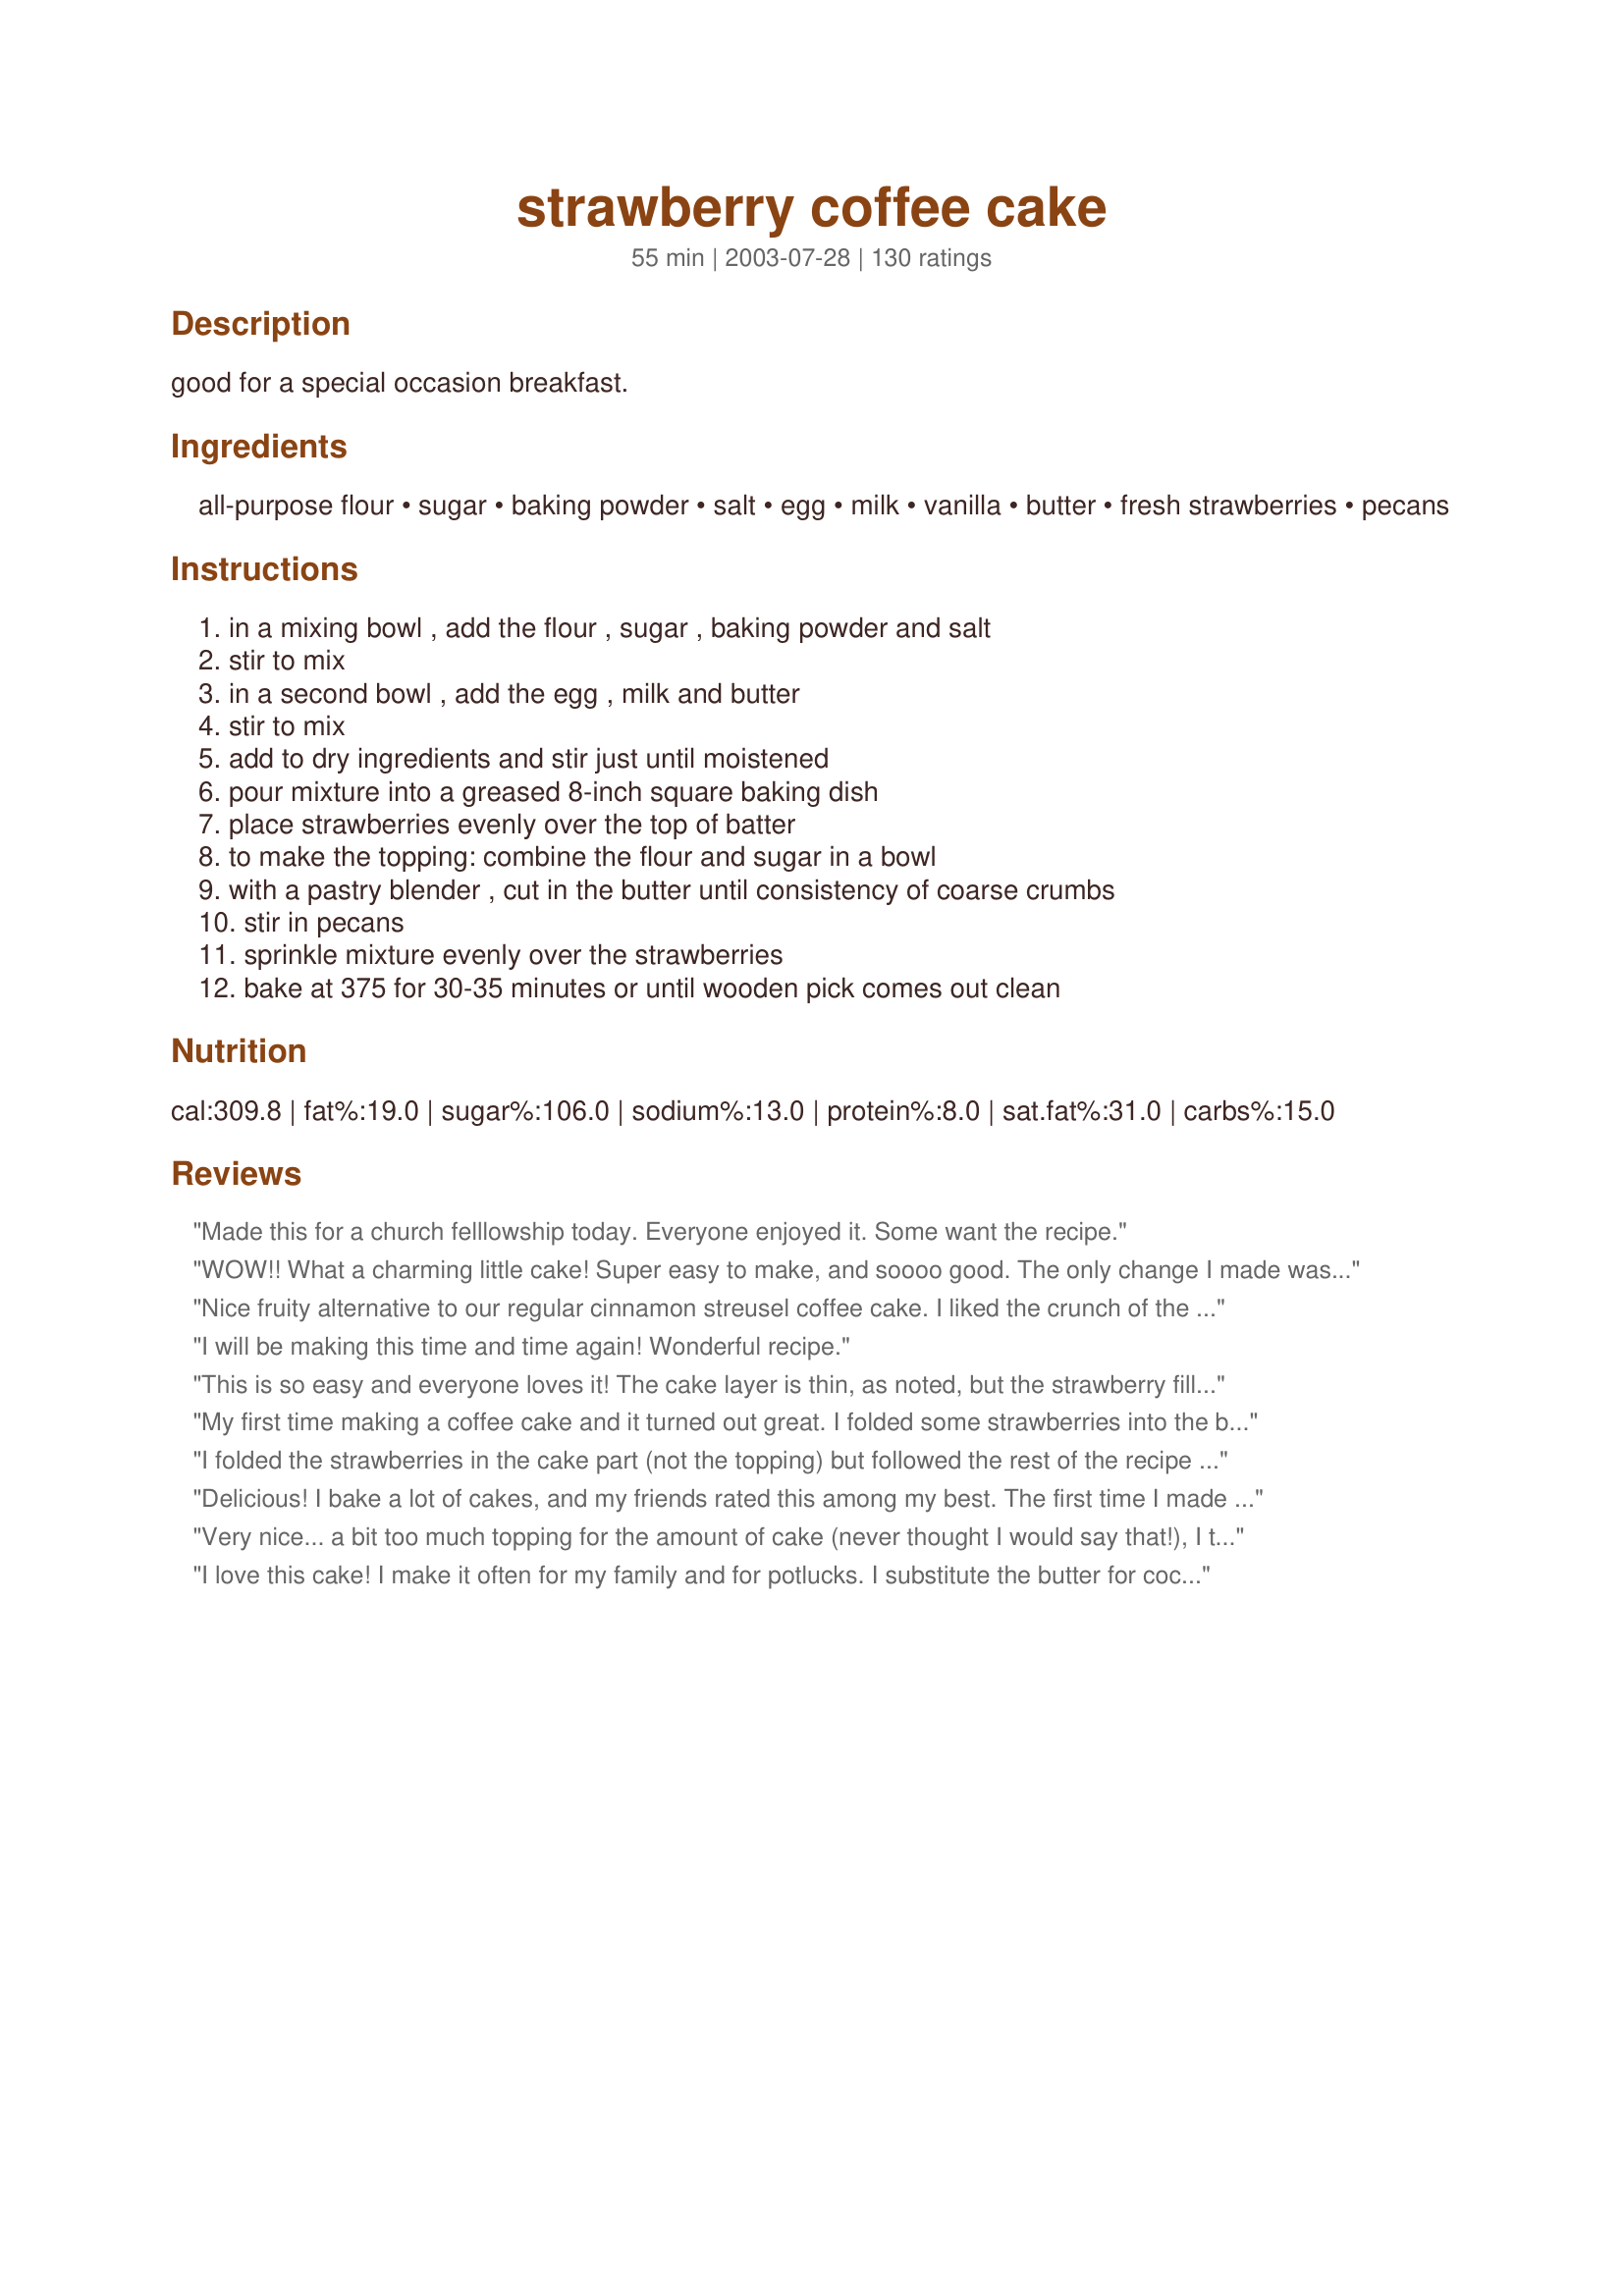
strawberry coffee cake
Preparation time: 55 minutes

good for a special occasion breakfast.

Ingredients:
all-purpose flour, sugar, baking powder, salt, egg, milk, vanilla, butter, fresh strawberries, pecans

Steps:
in a mixing bowl , add the flour , sugar , baking powder and salt, stir to mix, in a second bowl , add the egg , milk and butter, stir to mix, add to dry ingredients and stir just until moistened, pour mixture into a greased 8-inch square baking dish, place strawberries evenly over the top of batter, to make the topping: combine the flour and sugar in a bowl, with a pastry blender , cut in the butter until consistency of coarse crumbs, stir in pecans, sprinkle mixture evenly over the strawberries, bake at 375 for 30-35 minutes or until wooden pick comes out clean

Reviews:
Made this for a church felllowship today. Everyone enjoyed it. Some want the recipe.
WOW!! What a charming little cake! Super easy to make, and soooo good. The only change I made was using half & half instead of milk for a richer flavor. We ate it warm with vanilla ice cream, and it tasted amazing. The cake is soft and moist, while the topping gives you a sweet crunch. This is all balanced by the tang of the strawberries. Delicious flavor! I am excited to try this recipe again using different fruits.
Nice fruity alternative to our regular cinnamon streusel coffee cake. I liked the crunch of the topping. It was a tad too sweet, but the flavor was great!
I will be making this time and time again! Wonderful recipe.
This is so easy and everyone loves it! The cake layer is thin, as noted, but the strawberry filling and the topping make it a substantial breakfast cake. Thanks NurseDi for a recipe that I've used twice in one week!
My first time making a coffee cake and it turned out great. I folded some strawberries into the batter, omitted pecans, used parchment paper (no greasing), and baked for 40 minutes. Perfect!
I folded the strawberries in the cake part (not the topping) but followed the rest of the recipe exactly. This dessert is incredible. I've even taken it to a brunch!! Wonderful recipe and SO EASY!!
Delicious! I bake a lot of cakes, and my friends rated this among my best. The first time I made it, I didn't have any pecans, so I substituted 1/4 cup of oats, which worked pretty well, although not quite as nice as pecans.
Very nice... a bit too much topping for the amount of cake (never thought I would say that!), I think I will double the cake portion next time.
I love this cake! I make it often for my family and for potlucks. I substitute the butter for coconut oil. Always use a bit sugar than called for and I like to change around the toppings for variety (fresh pineapple, frozen strawberries and frozen mixed berries) and it has always turned out great! Thank you!!
This cake came out absolutely delicious! My twist was adding half the flour whole wheat and a about 1/2 cup more strawberries and oats instead of nuts because we have some people who are allergic to nuts. Pay close attention to mixing the wet and dry ingredients very carefully, I used a fork and mixed very slowly. I live 6000 feet above see level and had to bake for an additional 5-10 minutes. If the cake is a little wet in the middle give it another few minutes. Thanx
Thanks for sharing a winner! I made a few modifications: I used white whole wheat flour instead of all-purpose in the cake, and added 1/2 tsp of cinnamon. I also used the full 2 cups of strawberries, and added a teaspoon of lemon juice to them. Next time I'll try adding 1 tbsp zest instead! As for the topping, I used just 1/3 cup of brown sugar, and added 1/2 tsp of cinnamon. Next time I'll only use 3 tbsp of butter, as it was a bit too greasy for my tastes. Mine was done right at the 30 min. mark. This will definitely be made again!
I put this together the night before and refrigerated it overnight. In the morning I stuck it in the oven for 35 min and it came out great! This recipe is a keeper - thanks for posting!
I took this cake to a breakfast potluck and everybody loved it :). Nobody said anything at first but one of the ladies said "i wanted more but i didnt want to look like a pig!!"...I admit I used a brown sugar instead of the white in the topping but other than that It was the same! Thanks so much for an awesome topping
Very good, even though I messed up the topping. I ended up leaving it in the oven for 45 min.
Very good. My dh loved this so much, I made extra to put in the freezer.
Thanks
This was very good! I loved how the strawberry flavour wasn't too overpowering, just perfect. One thing I would change though is add a bit more butter to the topping and maybe some oats to help it stick together a bit more. Ours just crumbled right off the top.
Husband brought home a lot of strawberries and this recipe was perfect for Sunday breakfast! Made exactly as posted (except I onky had a 9&quot; pan) and it turned out Perfectly Delicious! A+
Excellent! I doubled the contents for a larger pan and it was wonderful. Strawberries are freshly picked so in the evening I split the leftovers down the center, added more fresh berries on top and piled on the whipped heavy cream. Wow.........
5 STARS!! Mine came out a little wet in the center but I'm sure that was just me & my oven, I didn't do the toothpick test. I loved this! Thank you for posting.
Yummy!
This turned out beautifully, and received rave reviews from all who tried it! I can't wait to get some more strawberries so I can make it again!
I didn't have any pecans so instead of vanilla I used almond extract and used sliced almonds instead of the pecans. Right now, strawberries are plentiful. I also made it as a double batch, in a 13 x 9 pan. But you need to carefully check the middle or it won't cook/bake well enough. I needed to bake it about 40 minutes.
Delicious! I doubled the recipe, cooked it in a 9 X 13 pan, and baked in convection oven at 360 for 35 minutes. I had to use walnuts instead of pecans. Otherwise, everything else as listed. My husband and I both enjoyed it, thank you.
I thought this was spectacular. The cake layer is very thin, with the topping layer being about equally thick. I loved the flavor and moisture the strawberries lent to the topping. This tastes like a coffee cake that is made with a couple sticks of butter, but in reality its fairly low in fat (at least for something that tastes so decadent. BF thought it was pretty good- he said he thought it was too thin (it didn't rise very much, really, and I think he was disoriented at the thinnes of the cake layer) and he would have liked more strawberry flavor. Next time I will slice my strawberries thicker- as it was, I sliced them about 1/4 to 1/8 inch thick, but I think you could go as thick as 1/2 inch without any problems. I had the same problem as Sackville Girl with the moisture from the strawberries- it was still bubbling for a long time in the center of the cake. I tested with a toothpick, though, once it looked a little more set and it came out clean. 40 minutes was about right for me as well, but I guess it partially depends on how juicy your strawberries are. Mmm! I did make a few substitutions- I used whole wheat pastry flour instead of all-purpose, Sucanat instead of sugar (in both the topping and the cake), walnuts instead of pecans and I actually used frozen strawberries instead of fresh, which worked just fine, to my delight. I loved this, Di. Wonderful flavor, wonderful texture, good presentation and not too artery-clogging. One of the best coffee cakes I've ever made.
Absolutely delicious. The recipe is spot on.
Yummmmy, I ran to get the last piece, what more can I say!! This is so simple, with a light homebaked taste. I used the whole 2 or more cups of berries that I had on hand, and it worked out great for me. I know if you try this recipe you wont get any complaints serving this to guests. Thanks for a great dessert recipe.
Has this ever been made as a muffin instead of a 9x9 pan?
Very quick and easy. Next time I make it though I plan to double the berries because they really get lost with all the sugar and flour.
Very yummy and easy to make with what's left over in your cabinate. I added the vanilla to the crumbeled topping and a little to the strawberries to give the cake a little extra kick! Turned out great! I also doubled the recipe and baked in a 9x13 pan for 40 minutes. Will use the recipe again!
this is so amazing! i made it tonight and followed the recipe to the T.
SO GOOD!!! Oh I LOVE cooked strawberries, probably why I love strawberry rhubarb pie! so some users said the topping had too much sugar so I 1/2 the sugar in the topping and I thought I cut it too much so next time I will up it to 1/3 the amount called for and see if that's better, I think that might actually do it and 30 minutes was PERFECT, any longer and the outer of the cake would have been a little hard for me. This was so darn yummy, thanks so much for a supper yummy recipe, I will be posting this to the food blog for sure!!! Thank you ;) http://rockinldschefs.blogspot.com/
As always, a winner! I used two cups strawberries and substituted oats for the pecans. Thanks alot!
this is lovely and easy! i omitted the pecans (allergic) but it was fine without. would be great with other fruit too, raspberries or peaches maybe. very moist and special without being too sweet. definitely will make again
This a very tasty coffeecake. My whole family really liked it. Will use it a lot. Thanks for posting.
Made this a while back and follow what the other reviewers said and used brown sugar instead of white for the topping. I also ran out of milk and decided to use half &amp; half cream diluted with water (1/2 cup measurement) to substitute and the cake turned out to be super moist and soft! Great substitution. The cake ended up to be super delicious and was gone within a day!
Excellent and so easy. I also used 2 cups of strawberries. The nuts add a nice texture to the cake. Also, it is just right and not too sweet. A keeper recipe.
I sent this to the office with my husband. He said that it was gone before he could even get a piece. I had some fresh strawberries that I needed to use (I bought a ton for my toddler who decided he didn't like them after big sister turned her nose up at them) Anyway, a wonderfule recipe. Thanks for posting!
This was absolutely delicious - best strawberry cake ever. I had no vanilla flavoring and substituted almond extract. YUMMY!
I made this to have as a snack for us for breakfast. When DH and I got done, there was a big dent made in the pan :) We loved it so much!
I didn't have pecans so I used chopped macadmia nuts, otherwise I prepared as directed and this was very yummy!
This was delicious. I liked how light and fluffy it was. I didn't have enough strawberries, so I used blueberries and blackberries too and it came out perfect. I coated all of the berries with flour before spreading them over the batter to keep it from getting mushy.
this coffee cake was so good! unfortunately I didn't go to work on Monday and ended up eating the whole thing myself. Couldn't stay away. getting ready to try with blueberries.
This is better than regular stawberry shortcake. Next time I will add more stawberries and maybe even fold some into the cake. I added 1/4 teaspoon cloves into the mix and 1/4 nutmeg and 1/2 teaspoon cinnimon into the topping. The topping was the best I love nuts so next time I might add more walnuts too.
Made this with a pie filling of sorts (strawberry rhubarb and raspberry), instead of the fruit called for, and it was quite tasty. For anyone thinking of using filling, it stayed quite wet, and kind of ran when the cake as cut, but I'm sure that can be helped with a bit of corn starch. Overall, good cake with good flavor. This could easily be adapted with any kind of filling or fruit. Served warm with ice cream, yum!
Easy and good recipe! Like another reviewer, I used oats in the topping instead of nuts since my daughter doesn't care for nuts. I used a mix of fresh strawberries and blueberries and my family enjoyed it -- and so did I! I'll be making this again.
Very pretty, very fast and easy to do, but you really have to like the taste of cooked strawberries to fully appreciate it. The topping is very nice. I may try this with a different fruit like peaches or blueberries which we might like better cooked than the strawberries--or cherries could be good too.
I made this for Christmas morning and the boys dug in and had more than their share before I even sat down for coffee and a piece! It was so good, I can see why! This was great to whip together after opening gifts and we shall have it again, as we all agree, it's great!!
Delicious! I made exactly as stated in the recipe and baked it for about 40 minutes. As some of the other reviewers have pointed out, this cake is not too unhealthy and tastes wonderful.
As usual this is an excellent recipe!
I made this according to the recipe and the only thing I changed was to add a little more of the strawberries because I didn't want to waste them. This is great for breakfast or dessert with ice cream.
Thanks, Di for another great recipe.
Carole in Orlando
I thought this was very good, unfortunately, none of my kids liked it and my husband said it was too sweet. So, I was the only one in my family who liked it. I will only be making this for group brunches (bible study, class, etc) as I don't want to eat the whole pan by myself. I did make this in a 9 inch round cake pan without any trouble of it overflowing. I baked it for 35 minutes.
The taste of this is very good but I did find the topping a bit too sweet.I would cut back on the sugar next time since I don't really like the crunchy sugary taste of the top.Maybe brown sugar would be better.I omitted the salt from the recipe and a helpful hint about pecans;to really bring out the flavour,toast them in a 350F oven for about 10 minutes before you chop them.
UPDATE May 27 2010: The topping on these was much better the next day when the topping lost its crunch and became softer.
Try it like I did and you will see for yourself how wonderful this coffee cake is!
As others have said, this recipe is superb.

I too substituted wallnuts.

The cake came out very moist and tender, and to my surprise didn't come out too sweet.

In short - a fantastic cake - if you have leftover fresh strawberries, this is a good use for them...
This was delicious. The cake is moist and and the strawberries add a yummy tartness. Will make this again. Not to mention is was super easy!
This was good, not great. I would make again with some changes.
Many recipes claim to be easy, but it's hard to make some of them the first time around. This recipe is indeed easy, and the taste is incredible. I have a strong sweet tooth, yet when I made this the first time, following the recipe exactly, I found it was a bit too sweet even for me, and not enough strawberries--not as much as you would taste eating normal strawberry shortcake. This cake was good with vanilla ice cream, but I preferred just whip cream. My company all loved it; this is a keeper.
I made this with blackberries (with a tad bit more sugar) rather than strawberries. It was delicious! My husband (who will rarely eat desserts) ate a piece and asked me to make it again. It does get soggy rather quickly, but it still tastes good that way!
This was delicious! I left off the pecans but otherwise made exactly as written. Brought it to work and my boss had 3 pieces before lunch!
I had some strawberries that I needed to use, but probably wouldn't have lasted very long if I made regular strawberry shortcake. I, too, added a tsp of vanilla to the batter. And, in error, used 1/4 cup of butter in the batter. It still tasted fine, like a buttery shortbread. I also like that it makes a smaller size for my small family. Thanks for the good recipe, Andypandy. Sue
I was expecting this to be on the order of a coffee cake, but this did turn out to be an amazing five star plus dessert.I added a touch of almond extract to the topping. The cake texture is so delicate (fine crumbed) and the strawberry flavor really shines (my strawberries were pretty good, but not great). Our family loved this and I will definitely make this the next time we have guests over.

Roxygirl
I tried this for a dinner party last night and we were fighting over it, lol! I'm making another one today! Maybe I'll try peaches or apples this time? It's a keeper!
YES, YES, YES! I LOVED this coffee cake! I used to make a blueberry one, but I think I like this one BETTER! I think you could sub blueberries instead just to try too. Anyway this is absolutely divine...the melty strawberries and streusel topping and the moist cake...perfection!
Delicious!!! I was looking for a way to use up a few strawberries and am I glad I picked this. We enjoyed it for an afternoon coffee. Will keep this one.
Wow! I wish I could give this 10 stars. I made many adjustments to make it diabetic friendly and it came out great. For flour I used 1/3 all purpose, 1/3 whole wheat and 1/3 semolina (low glycemic index). Instead of sugar I used 1/4 cup Splenda for both the cake and topping. I used 2 cups sliced strawberries and put about 1/3 of a cup of small cream cheese bits on top of that, then added the topping. When it came out of the oven I cut a 2" piece to taste it and ended up going back for more. Delicious! Almost forgot - I only cooked it for 30 minutes and it was very moist.
Very moist and yummy. Baked for 40 minutes. Made for Mother's Day. Thanks for the recipe!
Definately 5 stars!!! I was actually looking for a recipe for the last of my fresh-picked strawberries. Instead of the usual strawberry cake, I thought this coffee cake really sounded good. Although somewhat apprehensive about baked strawberries, I decided to try something different after reading the many reviews. Very easy to make, very moist with a crunchy topping, and very delicious!!! My co-workers said it was awesome. I substituted walnuts for the pecans, and doubled the recipe for a 9x13" pan which I baked for about 40 minutes. After cooling, I drizzled a powdered sugar glaze (1/3 cup powdered sugar, 1/4 tsp vanilla, and 1-2 tsps. milk) . I will make this recipe again!! Thanks!!
Honestly, I didn't have high expectations for this coffee cake, so I was pleasantly surprised and delighted when I had my first bite. The strawberries practically melted into the cake, making a gooey, deliciously tart layer. My only regret is that I didn't have any pecans. That would have pushed this recipe into the 6 star category!
Very delicious! I took this to work and everyone loved it. I left out the pecans and added a slight drizzle made of confectioner's sugar, milk, and almond flavoring.
In my kids words "give this one a gazillion, billion stars"! My DH loved it as well! I followed the recipe exactly, and it came out perfectly! Reminded me a little of a dump cake I used to make ages ago. I would highly recommend trying this recipe!
So good! I had leftover strawberries that I needed to use, so I decided to try this Coffee Cake recipe. It was so easy and I didn't need to shop for any additional ingredients. My hubby couldn't stop eating this and before I knew it, half of the cake was gone! This works well as a desert or for breakfast. I will definitely make this again. Cook time was closer to 40 - 45 minutes in my oven.
Delicious! It made a great breakfast the whole family liked. It's very easy to make, and uses ingredients I usually have. I did substitute margarine for the butter, and omitted the pecans. Next time I will let the cake go about five minutes longer than I did this time. The pictures don't do the recipe justice! Thanks for a great recipe!
Loved this coffee cake! Next time, I&#039;ll add the vanilla since I forgot it this time! But it was delicious without it too!
Made this for dessert. Very nice. I used frozen strawberries for the toppings and put some strawberry ice cream on the side...very nice recipe :)
i can't believe i haven't reviewed this recipe. i have made it exactly as posted and also have doubled it and used a yellow cake mix and a 13 x 9 pan. both ways are luscious, especially since i can now always get plant city strawberries.
This was an excellent tasty coffee cake! I made as directed and doubled the recipe in a 9x13 inch pan and baked 40min. This came out great! Thanks for posting this one!
so, I'm not sure about this recipe, but I made enough adjustments to it that I'll readily admit that it could have been me who screwed it up. To my mind, it's both too sweet and too bland. <br/><br/>I used a pound of strawberries, ('cause a pint's a pound the world around) and it ended up looking like way more than what's on the picture. I used the vanilla and added a few shakes of allspice and cinnamon to the batter. I left the pecans out of the topping because I don't like them, and didn't have any on hand.<br/><br/>The texture is more of a pudding than a coffee cake, but I'm willing to let that be from the extra strawberries, and, as another reviewer said, it doesn't change the taste. <br/><br/>I also used margarine rather than real butter--while it makes a difference in candy making, say, I've never really had an issue with baking before, but I'm willing to let that be the reason why the top didn't turn out the way I thought it should. <br/><br/>In short, I'm willing to try this recipe again, but as it stands now, I'm not to pleased with it, and am not sure what it needs.
EXCELLENT! Strawberry season is here and this is but one great way to use them.
I read all 66 reviews. :-) So I decided to replace the granulated white sugar topping with brown sugar and I added just one more tablespoon of cold butter. I used chopped pecans. I included in the topping a teaspoon of cinnamon and a few grates of fresh nutmeg. I used the ol' pastry cutter to cut in the cold butter I'd cubed up and it came together perfectly.

The batter I left as is, except for 1/4 tsp. of cardamom (a nice touch!). And I did add the optional vanilla. I used 2 cups of sliced strawberries, which was plenty. I used a glass Pyrex 8x8 dish, and it took about 42 minutes. I checked it after 40, and it looked and tested a little wet. Two minutes more and it was perfect. Served it with a big scoop of fresh vanilla bean ice cream. It was delicious! Thanks for posting!!!!! So easy to put together (which I did in advance, before dinner and baked it off later in the same evening).
Delicious! I cooked it about 38 minutes, and I think that was just right.
Delicious! The topping is especially good. This cake was enjoyed by my Bible Study group in the morning and what was left over was equally loved by my 17-year old son & his two friends. I will make this often!
This was delicious! More like a cobbler than a coffee cake, I thought, but that's what I was looking for! Definitely on the "to make again" list! Thank you! I used almond extract instead of vanilla and omitted the nuts just because I didn't have any.
Delicious, and a great way to use up strawberries that are about to go bad. I didn't have a pastry blender for step 6 so I used my electric hand mixer and it worked fine. Thanks for the great recipe!
This is the BEST coffee cake recipe I have ever made or tasted. The next time I make it, I think I will try it with rhubarb and strawberries. It is best served warm :)
This was great...I had some fresh strawberries that I needed to use. I did not use the pecans in the topping and it is still great. I doubled the recipe and put in a 9x13 pan. Next time I think I will try splenda and some wheat flour to make it a little healthier.
Everyone went wild over this dessert and I was a little embarrassed to tell them how easy this is to make. If you want to impress your friends, this is the dish to make. Thank for sharing, Andypandy.

This was great! Strawberries are on sale right now and I was asked to bring the treats to our ladies Bible study this week, this fit the bill! I made it twice, the first time as dessert for my family and to test it out on them, then for the ladies. A word of caution, where the recipe says to mix the dough just until moistened, be sure to follow those instructions or your cake will be rubbery in texture (like an over mixed muffin)! I doubled the recipe for a 9x13 pan and it worked fine. I ran out of granulated sugar and substituted powdered sugar in the topping ,it worked out, but I think the granulated sugar would have produced a crunchier topping. Dont skip the pecans, they add a wonderful crunch!
Thanks for a great recipe!
This was DELICIOUS!! I used frozen strawberries, sliced them while frozen, added the cinnamon to the topping, didn&#039;t change any ingredients except used 1/2 whole wheat and 1/2 white flour. It ended up baking for almost 45 minutes (I doubled the recipe but used two round 8&quot; pans) to prevent any gumminess. And it was wonderful. And it is gone. :)
Love the topping!!! I didn't add the nuts, but will next time. Fantastic with ice cream!! Thanks
Very good! We made it for breakfast and it was devoured without a word.
Wonderful! I left out the pecans, my kids don't care for them. Turned out great. :)
This turned out beautifully! Very moist and not too sweet!!! This is a keeper.
This was so easy to make and so delicious, I even froze some for later. Will definatly make this again
I made this yesterday and it was a huge hit with everyone in my family. I substituted splenda for the sugar in the cake (but used raw sugar in the topping) and substituted Take Control-brand-spread, and it was awesome, and a little bit better for us.
Followed Citruholic&#039;s tips (except I added the pecans to the batter on accident), and it turned out DELICIOUS. Thank you for the great recipe!
I have made this a few times. Fresh berries and some thawed ones I had in the freezer, a mix of three kinds. I make it in two enamel pie pans. I do not increase the ingredients. I cut it in wedges like a pie. The edges and the bottom are nicely browned and strusel with the nuts on top is so nice served in wedges. Ice Cream and or whipped cream is served on top if desired.I have also used walnuts and pecans. Great Recipe!
It is so fast, it takes minutes to whip together, a dessert anytime!
Fan-Tastic! Delicious, moist, just enough sweetness, a nice crunch on the edges. This is lovely!
Way too much baking soda in the base. It should be cut down to 1 tsp, it ruined my batch. Aside from that the rest was really good and I know that i'll do this recipe again and put milk chocolate chips on before the strawberries and get the 'chocolate and strawberries' flavor. That's all I could think of when I ate this. Thanks for the recipe!
This is a really good way to use fresh strawberries, and something a little different from the usual angel food cake and whipped cream treatment. I used 2 cups of strawberries and made several substitutions to make the cake vegan and it came out just fine. I will definitely make this recipe again, though next time omit the walnuts, or use pecans, as I wasn't crazy about the way they tasted with strawberries. Thanks for an easy, well-written, and tasty recipe, andypandy!
Yummy, with a wonderful homestyle strawberry flavour! These are so GOOD and simple to make too! I used a little more than the 1 1/2 cups of fresh strawberries because I wanted to use them. I was out of nuts so I just omitted them, it seemed to work quite well without. Thanks for sharing this recipe, andypandy, it's on my make again list.
Made this the other night. It was a big hit. Omitted pecans in topping. Everyone loved it. It was so easy to make.
Awesome recipe! I added a shot of vanilla to the cake layer and used a lot more strawberries than the recipe called for just because I had a lot that needed to be used. I am highly allergic to all nuts, so I omitted them. I ended up tossing a couple handfuls of chocolate chips in the crumble topping and it turned out great! Like a chocolate covered strawberry shortcake, light on the chocolate. Very simple recipe, fast and easily adaptable. I will definitely make this again!
This is really yummy! It is much sweeter and richer than you would expect by looking at the ingredients. This is really quick to throw together and I will definitely make this again. I think I will try this with blueberries , and again with peaches sometime too. Seems very versatile as far as the different kinds of fruits that could be used. I did add 1 tsp. vanilla to the batter. Thanks
This was a GREAT find! We had strawberries on their last legs and this dessert was a wonderful way to use them up. I think I used closer to 2 cups of cut up strawberries and I had to use oats instead of pecans but the result was fantastic - my 4 year old DS ate 2 pieces in silence and asked me to "keep the recipe". The cake is nice and light and fluffy, the strawberries don't go goopy and the top is the right about of streusel taste and crunch for the cake. A keeper - thanks again Nurse Di!
Super easy. I did add bluberries too. Moist tart. Not too sweet. Perfect with my Sunday dinner
Very good! Great way to use up strawberries that are getting a little soft. Super fast to prepare. While the cake is not overly sweet, the topping is quite sweet. I think that a half recipe of the topping would be just enough for an 8" pan if you prefer something a little less sweet. Definitely add the pecans, as they add great flavor, crunch and color.
Completely delicious! My husband and I both loved it. The only changes I made to the original recipe was using walnuts instead of pecans. I also used coconut milk instead of regular milk because it&#039;s what we had on hand and it&#039;s healthier. I also melted the butter for the topping before I mixed it all together because it blends a little better in my opinion. Thank you so much for an awesome brunch recipe!
This received rave reviews! I made a double batch in 9 x 13 for 40 mins. PERFECT! Did use the vanilla in batter. Used toasted pecans in topping and a tad more than what recipe called for. A friend dropped by and she loved it. This is a keeper!
Excellent! I used 2 cups of strawberries and made as directed except I left out the nuts. Mine baked in exactly 35 minutes. Delicious. Thanks ratherbeswimmin'!
DELICOIUS and SIMPLE!

Can't wait to try with other fruits!
My husband said this was better than regular ole strawberry shortcake! I used about 2 cups of strawberries. Don't forget the whipped cream. Fabulous! 

This got rave reviews from my weekend guests (3 teenage girls and my best friend), thank goodness I doubled the recipe! I made it last night late and at 9:00 am this morning, I was barely able to hide the last piece for my husband!

I did add a tsp of vanilla to the batter and a big tsp of cinnamon to the topping.

Great timing too, strawberry season is soon upon us.

Thanks!
Awesome, will definitely be making this again!
What a moist and easy cake. I took it to work and it was gobbled up. I was a bit worried during baking though, because the juice from the strawberries nearly ran over the pan and it was difficult to tell if the cake was cooked underneath. I baked it for about 40 minutes and it was perfect. Thanks for a keeper!
We made this for Fathers Day and everyone loved it. I had some fresh strawberries that I wanted to use up and this fit the bill perfectly. Its a nice texture for coffee cake (sometimes they can be gritty). thank you for sharing this recipe with us.
The texture was really off. This came out more like a bread pudding rather than a coffee cake. I did use coconut milk instead of dairy milk as that was all I had, I&#039;m not sure if this would have made the difference. The strawberries released a lot of moisture when baked and even though I baked it much longer than suggested, the moisture never absorbed to give it the cake-like texture it should have had. There is also too much sugar, the one I tasted was syrupy sweet which is not to my taste. For me, it didn&#039;t work this time.
This was so good! I made the cake as written, but I used almonds instead of pecans and brown sugar instead of white in the topping. I think this was the first time ever that hubby and I consumed an entire cake ourselves--usually we have to throw the stale end away. 

To the previous reviewer, Trish Za Dish: Baking soda isn't an ingredient in this cake. The recipe calls for baking powder. Could that have been the problem?
Oh my! This was yummy! Made two and gave one to the neighbors~who raved also. The texture and flavor of the cake in combination with the strawberries and topping. Simply divine. Will be making over and over.
Thank you for sharing! (resubmitting/5 stars didn't show up!)
This was delicious, and moist overall, except in a few spots where the moisture from the strawberries didn't soak in. I used 2 cups of strawberries instead of 1 1/2, and next time I may add a little more melted butter to the batter. I baked it about 40 minutes, but may do a slightly shorter baking time next time. I omitted the pecans, used dark brown sugar for the topping, plus about a tsp of cinnamon (it could have used even more), and added 1 tsp vanilla extract to the batter.
I had some berries that were past their prime, but still useable. This was the perfect recipe to use some of them up. The only thing I did differently was to use an oats, brown sugar & butter topping, as nuts are not a hit with the whole family. This was very easy & very tasty.
this was pretty good!
Very delicious and simple to throw together.
Excellent - however, substituted oatmeal for the nuts because of family allergies!
This was easy and delicious. I served it to friends with coffee at a morning get-to-get her and they raved. It was rich so I was surprised how good it tasted with a scoop of ice cream for dessert. Thanks for a &quot;keeper&quot;.
Total success! Personally, I wasn't crazy about the baked strawberries and the other half of the topping was delicious!! I skipped the greasing and used parchment paper instead and it turned out fine.
This is FANTASTIC! I followed the recipe for the most part, using fresh strawberries from the farmers market. Here are the changes I made: I used half &amp; half instead of milk, I used a little vanilla and a little almond extract (approx 1/2 tsp of each), and I added 1/4 cup brown sugar to the crumble. It cooked in 31 minutes and came out perfectly! I made this to take on a roadtrip this weekend as a snack, but I think my kids will eat it all before we make it to the car -- I will definitely make this again! Thanks for posting the recipe!!
This was tremendous and my husband said it was the best coffee cake ever! I made some changes since he is diabetic. I used splenda in place of the sugar. The cooking time was about 30 minutes. I also melted the butter completely for the topping before mixing it in the topping. It browns better that way instead of getting un-incorporated flour on top. I just mixed all the ingredients, substituting splenda for sugar, and sprinkled it on top. Thank you for this delicious coffee cake that had very little guilt!
Absolutely LOVE this coffee cake! My 2 year old could eat the whole thing by herself. Whenever I make this it's gone quick.
You said it all in your description. The baked strawberry layer, and rich streusel layer are perfect for the not too sweet cake layer. It was very easy to whip up. I did use buttermilk instead of regular, because I had some to use up, and it worked out great. Thanks for sharing this winner recipe.
This was so wonderful...I followed the recipe to the tee and it turned out perfect. This didnt last long around the house. I will make this again for sure.
Very yummy! Thank you.
